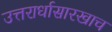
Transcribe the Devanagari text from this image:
उत्तरार्धासारखाच